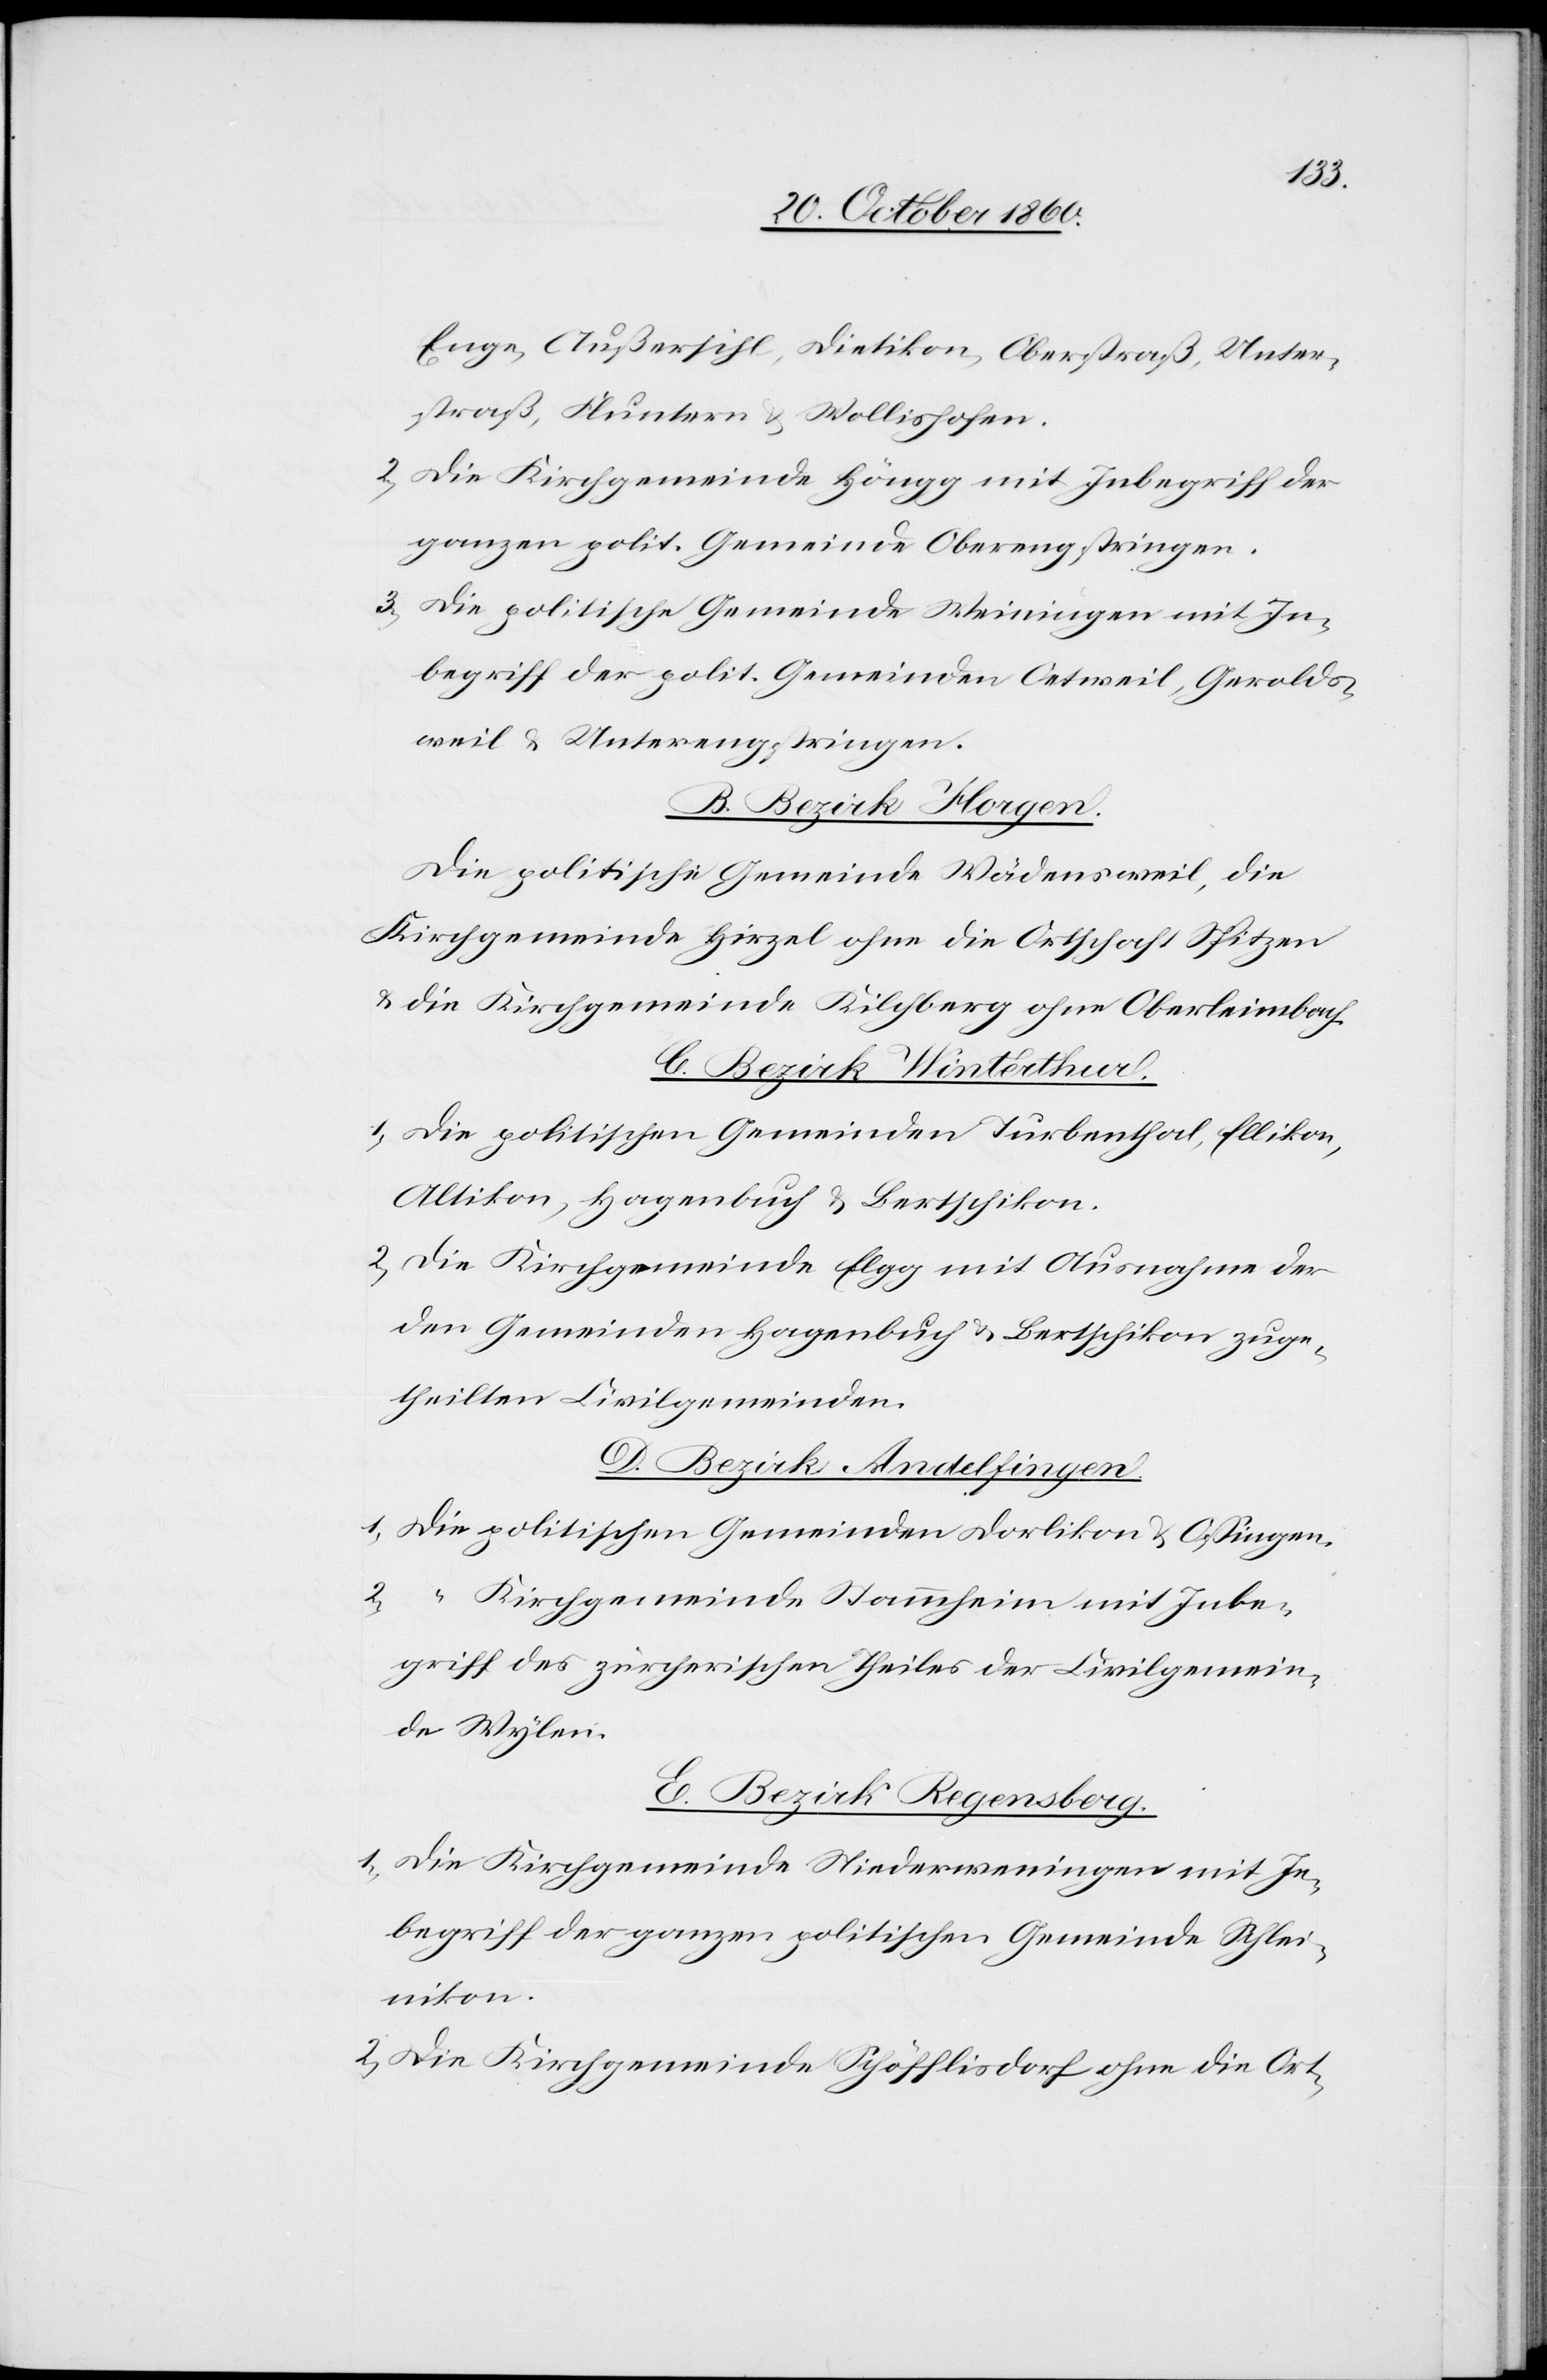
Enge, Außersihl, Dietikon, Oberstraß, Unter¬
straß, Fluntern u. Wollishofen.
2. Die Kirchgemeinde Höngg mit Inbegriff der
ganzen polit. Gemeinde Oberengstringen.
3. Die politische Gemeinde Weiningen mit In¬
begriff der polit. Gemeinden Oetweil, Gerolds¬
weil u. Unterengstringen.
B. Bezirk Horgen.
Die politische Gemeinde Wädensweil, die
Kirchgemeinde Hirzel ohne die Ortschaft Spitzen
u. die Kirchgemeinde Kilchberg ohne Oberleimbach.
C. Bezirk Winterthur.
1. Die politischen Gemeinden Turbenthal, Ellikon,
Altikon, Hagenbuch u. Bertschikon.
2. Die Kirchgemeinde Elgg mit Ausnahme der
den Gemeinden Hagenbuch u. Bertschikon zug¬
theilten Civilgemeinden.
D. Bezirk Andelfingen.
1. Die politischen Gemeinden Dorlikon u. Ossingen.
2. “ Kirchgemeinde Stammheim mit Inbe¬
griff des zürcherischen Theiles der Civilgemein¬
de Wylen.
E. Bezirk Regensberg.
1. Die Kirchgemeinde Niederweningen mit In¬
begriff der ganzen politischen Gemeinde Schlei¬
nikon.
2. Die Kirchgemeinde Schöfflisdorf ohne die Ort-